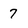
Character: 7